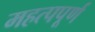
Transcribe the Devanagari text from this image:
महत्‍पपूर्ण